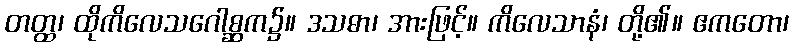
တတ္ထ၊ ထိုကိလေသဂေါစ္ဆက၌။ ဒသဓာ၊ အားဖြင့်။ ကိလေသာနံ၊ တို့၏။ ဧကတော၊